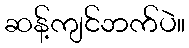
ဆန့်ကျင်ဘက်ပဲ။